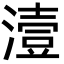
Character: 潱